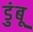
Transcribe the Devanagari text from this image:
डुंबू